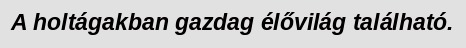
A holtágakban gazdag élővilág található.